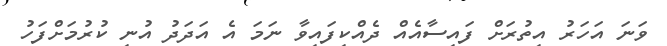
ވަނަ އަހަރު އިތުރަށް ފައިސާއެއް ދެއްކިފައިވާ ނަމަ އެ އަދަދު އުނި ކުރުމަށްފަހު